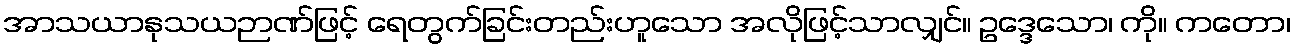
အာသယာနုသယဉာဏ်ဖြင့် ရေတွက်ခြင်းတည်းဟူသော အလိုဖြင့်သာလျှင်။ ဥဒ္ဒေသော၊ ကို။ ကတော၊